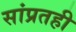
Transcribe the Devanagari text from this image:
सांप्रतही